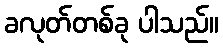
ခလုတ်တစ်ခု ပါသည်။